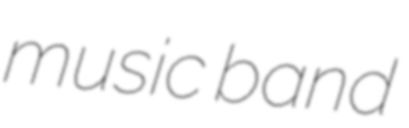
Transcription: music band